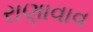
રાણાવાવ